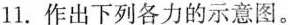
11.作出下列各力的示意图。